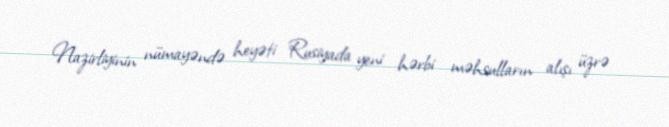
Nazirliyinin nümayəndə heyəti Rusiyada yeni hərbi məhsulların alışı üzrə